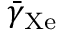
\bar { \gamma } _ { \mathrm { X e } }